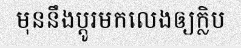
មុននឹងប្តូរមកលេងឲ្យក្លិប